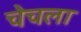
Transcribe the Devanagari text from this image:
चेचला